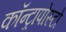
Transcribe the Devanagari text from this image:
कॉन्ट्रापोस्टो